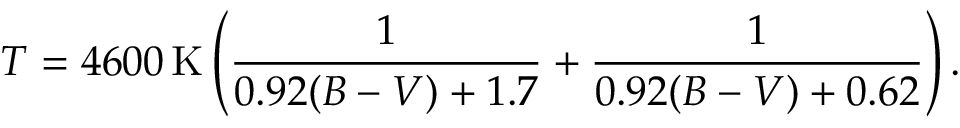
T = 4 6 0 0 \, \mathrm { K } \left( { \frac { 1 } { 0 . 9 2 ( B - V ) + 1 . 7 } } + { \frac { 1 } { 0 . 9 2 ( B - V ) + 0 . 6 2 } } \right) .